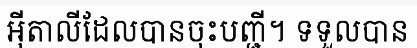
អ៊ីតាលីដែលបានចុះបញ្ជី។ ទទួលបាន